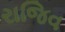
રાજિવ